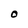
Character: O